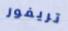
تريفور